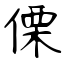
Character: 傈